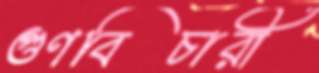
গুণবিচারী